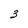
Character: 3